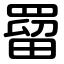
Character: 罶